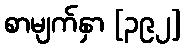
စာမျက်နှာ [၃၉၂]